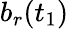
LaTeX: b_{r}(t_{1})